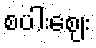
စပါးဈေး